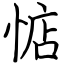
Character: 惦